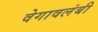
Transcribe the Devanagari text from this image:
वेगावलंबी